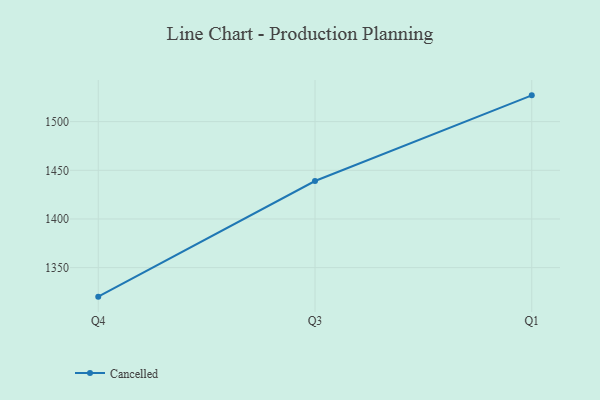
{"axis": {"x": "Quarter", "y": "LTV (USD)"}, "legend": ["Cancelled"], "data": [{"x": "Q4", "y": 1320.2, "type": "Cancelled"}, {"x": "Q3", "y": 1439.0, "type": "Cancelled"}, {"x": "Q1", "y": 1527.0, "type": "Cancelled"}]}